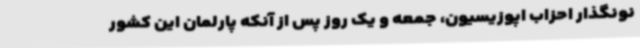
نونگذار احزاب اپوزیسیون، جمعه و یک روز پس از آنکه پارلمان این کشور